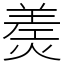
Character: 㷢